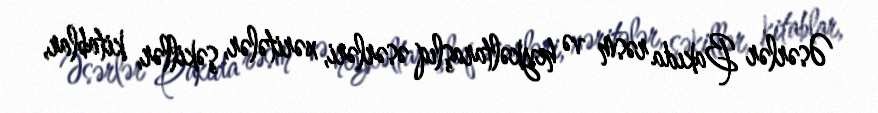
Əsərlər Bakıda rəsm və heykəltaraşlıq əsərləri, xəritələr, şəkillər, kitablar,